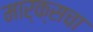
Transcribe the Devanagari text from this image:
मार्क्सचा